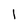
Character: I